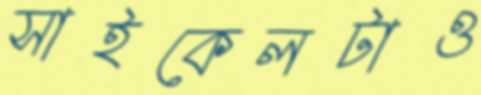
সাইকেলটাও